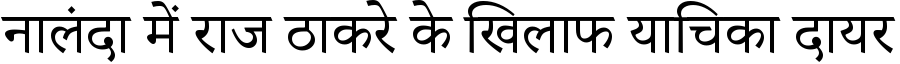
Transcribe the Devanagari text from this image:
नालंदा में राज ठाकरे के खिलाफ याचिका दायर